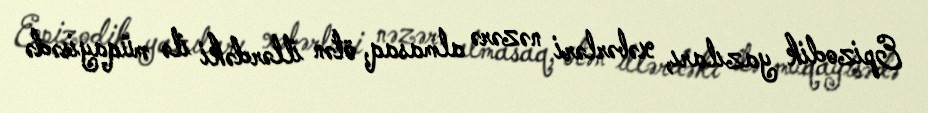
Epizodik yazıları, xəbərləri nəzərə almasaq, ötən illərdəki ilə müqayisədə